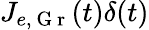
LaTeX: J_{e,\mathrm{~G~r~}}(t)\delta(t)